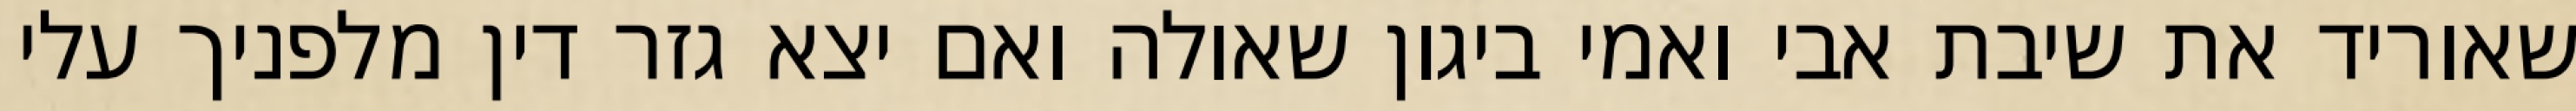
שאוריד את שיבת אבי ואמי ביגון שאולה ואם יצא גזר דין מלפניך עלי